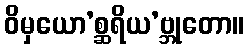
ဝိမှယော’စ္ဆရိယ’ဗ္ဘုတော။